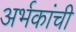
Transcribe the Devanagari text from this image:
अर्भकांची